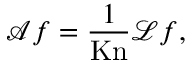
\boldsymbol { \mathcal { A } } \boldsymbol { f } = \frac { 1 } { \mathrm { K n } } \boldsymbol { \mathcal { L } } \boldsymbol { f } ,